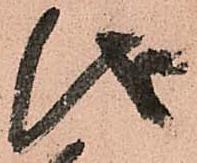
儀